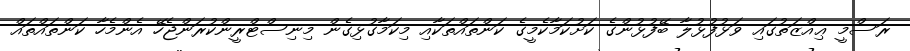
ރަސްމީ ޢިއްޒަތުގައި ވަޅުފުޅުލާ ބޭފުޅުންގެ ކަށުކަމާކެމީގެ ކަންތައްތަކާއި މިކަމާގުޅިގެން މިނިސްޓްރީންކުރަންޖެހޭ އެންމެހާ ކަންތައްތައް